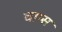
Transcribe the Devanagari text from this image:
चाय्स